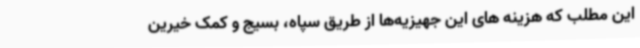
این مطلب که هزینه های این جهیزیه‌ها از طریق سپاه، بسیج و کمک خیرین